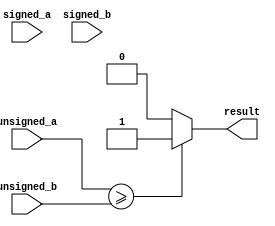
module greater_than_or_equal_to_comparator (
    input wire signed_a,
    input wire signed_b,
    input wire [31:0] unsigned_a,
    input wire [31:0] unsigned_b,
    output reg result
);

always @* begin
    // If signed comparison
    if (signed_a >= signed_b) begin
        result = 1;
    end else begin
        result = 0;
    end
    
    // If unsigned comparison
    if (unsigned_a >= unsigned_b) begin
        result = 1;
    end else begin
        result = 0;
    end
end

endmodule